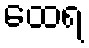
ထေရ